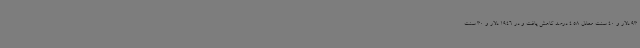
93 دلار و 40 سنت معادل 4.58 درصد کاهش یافت و در 1946 دلار و 30 سنت